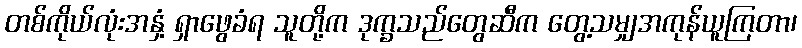
တစ်ကိုယ်လုံးအနှံ့ ရှာဖွေခံရ သူတို့က ဒုက္ခသည်တွေဆီက တွေ့သမျှအကုန်ယူကြတာ၊